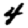
Digit: 4